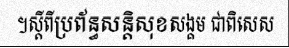
។ស្តីពីប្រព័ន្ធសន្តិសុខសង្គម ជាពិសេស